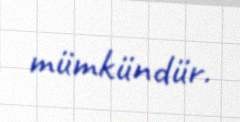
mümkündür.